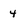
Character: 4